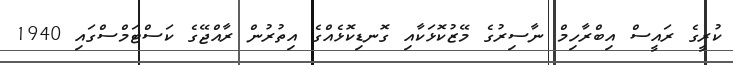
ކުރީގެ ރައީސް އިބްރާހިމް ނާސިރުގެ މޭޒުކޮޅަކާއި ގޮނޑިކޮޅެއްގެ އިތުރުން ރާއްޖޭގެ ކަސްޓަމްސްގައި 1940